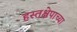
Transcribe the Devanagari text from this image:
हस्तक्षेपाच्या